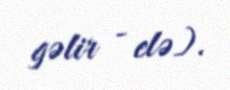
gəlir - elə).